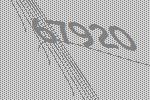
67920